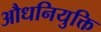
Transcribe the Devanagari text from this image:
औधनियुक्ति